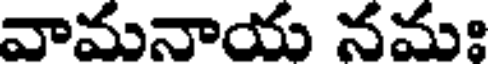
వామనాయ నమః